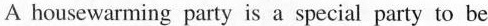
A housewarming party is a special party to be